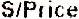
S/PRICE